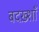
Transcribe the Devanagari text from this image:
बदख़्शाँ